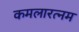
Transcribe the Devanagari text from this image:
कमलारत्नम